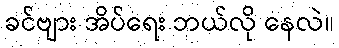
ခင်ဗျား အိပ်ရေး ဘယ်လို နေလဲ။